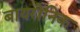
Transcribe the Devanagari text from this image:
बायरोनिक